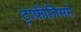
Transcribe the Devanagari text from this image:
ट्राफीजिसमे